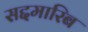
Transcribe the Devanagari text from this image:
सद्दमारिब